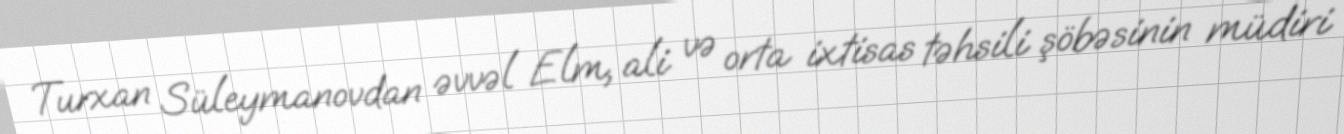
Turxan Süleymanovdan əvvəl Elm, ali və orta ixtisas təhsili şöbəsinin müdiri